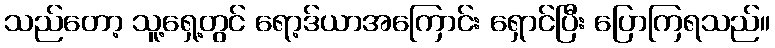
သည်တော့ သူ့ရှေ့တွင် ရော့ဒ်ယာအကြောင်း ရှောင်ပြီး ပြောကြရသည်။